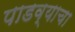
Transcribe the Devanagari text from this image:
पाडव्याचा